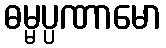
ဓမ္မပ္ပဏာမော